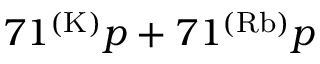
7 1 ^ { ( \mathrm { K ) } } p + 7 1 ^ { ( \mathrm { R b ) } } p